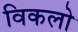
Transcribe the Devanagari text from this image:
विकलो